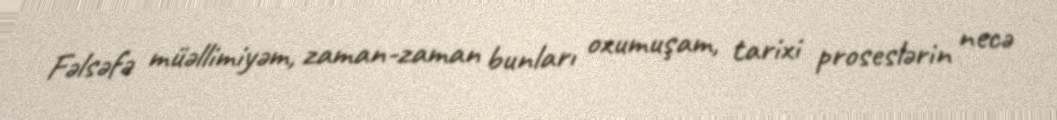
Fəlsəfə müəllimiyəm, zaman-zaman bunları oxumuşam, tarixi proseslərin necə